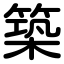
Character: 築